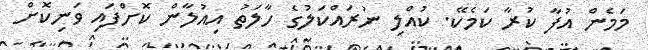
މަމެން އުފާ ކުރާ ކަމެކޭ. ކުއްލި ނުރައްކަލުގެ ހާލަތު އިއުލާން ކޮށްފައި ވަނިކޮށް